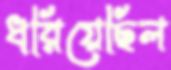
ধরিয়েছিল